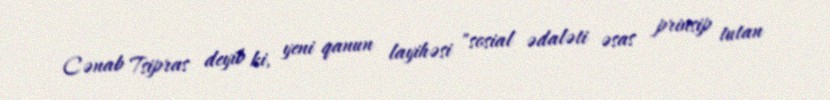
Cənab Tsipras deyib ki, yeni qanun layihəsi "sosial ədaləti əsas prinsip tutan